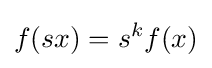
f(sx)=s^{k}f(x)